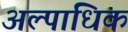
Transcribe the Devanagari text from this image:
अल्पाधिक